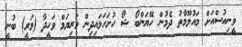
ވީނިއުސްއަށް މައުލޫމާތު ދެމުން ހޭޔަންބޯ ޝޯ ހުށަހަޅައިދިން މަރިޔަމް ވަހީދާ (މަރީ) ބުނީ